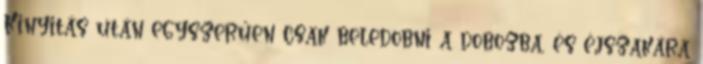
Kinyitás után egyszerűen csak beledobni a dobozba, és éjszakára